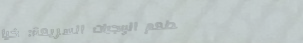
مطعم الوجبات السريعة: خيا